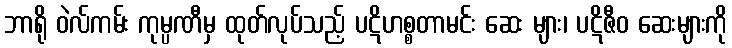
ဘာရို ဝဲလ်ကမ်း ကုမ္ပဏီမှ ထုတ်လုပ်သည့် ပဋိဟစ္စတာမင်း ဆေး များ၊ ပဋိဇီဝ ဆေးများကို